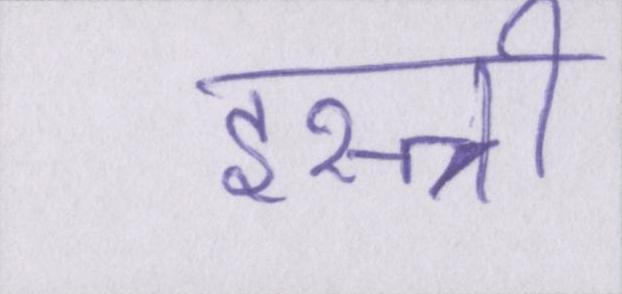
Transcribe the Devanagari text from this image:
इस्त्री